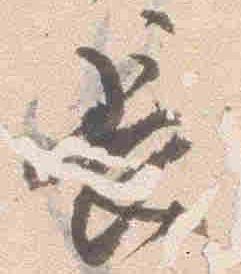
長